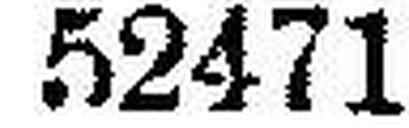
52471